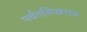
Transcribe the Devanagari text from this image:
पर्वतशिखरास